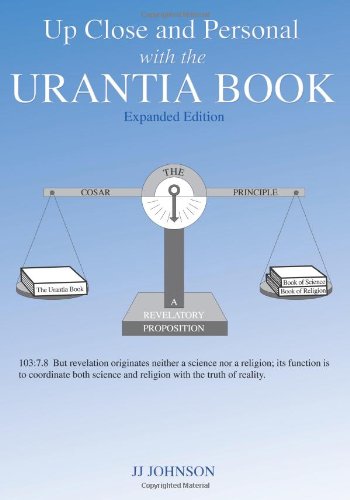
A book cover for Up Close and Personal with the Urantia Book - Expanded Edition; JJ Johnson; Religion & Spirituality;